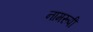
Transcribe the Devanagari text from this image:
नामरूपी